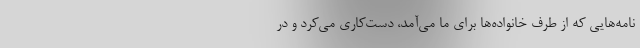
نامه‌هایی که از طرف خانواده‌ها برای ما می‌آمد، دست‌کاری می‌کرد و در